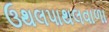
ઉથલપાથલવાળા